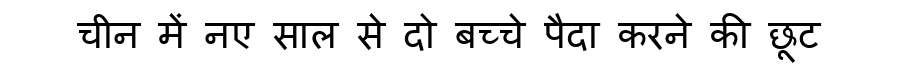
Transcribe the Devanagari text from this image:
चीन में नए साल से दो बच्चे पैदा करने की छूट